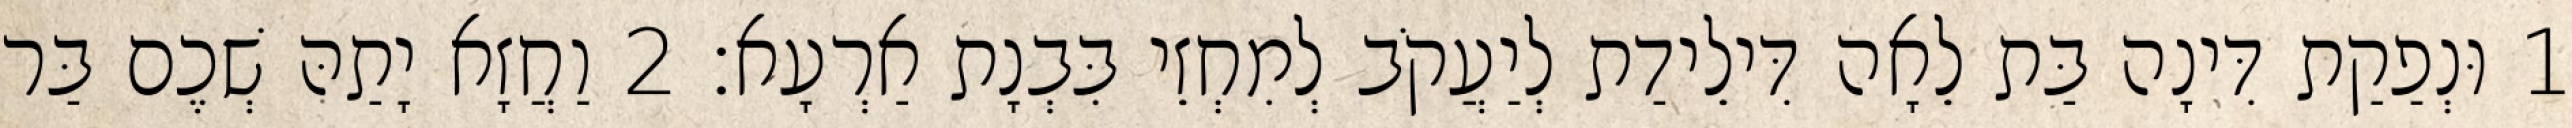
1 וּנְפַקַת דִּינָה בַּת לֵאָה דִּילֵידַת לְיַעֲקֹב לְמִחְזֵי בִּבְנָת אַרְעָא׃ 2 וַחֲזָא יָתַהּ שְׁכֶם בַּר